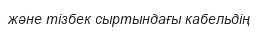
және тізбек сыртындағы кабельдің